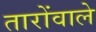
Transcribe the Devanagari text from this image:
तारोंवाले